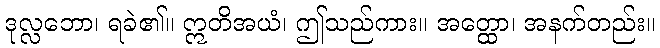
ဒုလ္လဘော၊ ရခဲ၏။ ဣတိအယံ၊ ဤသည်ကား။ အတ္ထော၊ အနက်တည်း။